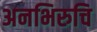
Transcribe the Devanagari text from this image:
अनभिरुचि